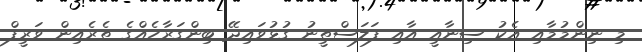
މި ނިންމުމާއި އެކު ސިނާއީ އާއި ފަލަސްޠީނު ގުޅުވައިދޭ ބިންގަރާހެއްގެ ތެރެއިން ވަރީފް